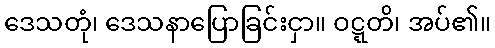
ဒေသတုံ၊ ဒေသနာပြောခြင်းငှာ။ ဝဋ္ဋတိ၊ အပ်၏။